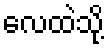
လေထဲသို့